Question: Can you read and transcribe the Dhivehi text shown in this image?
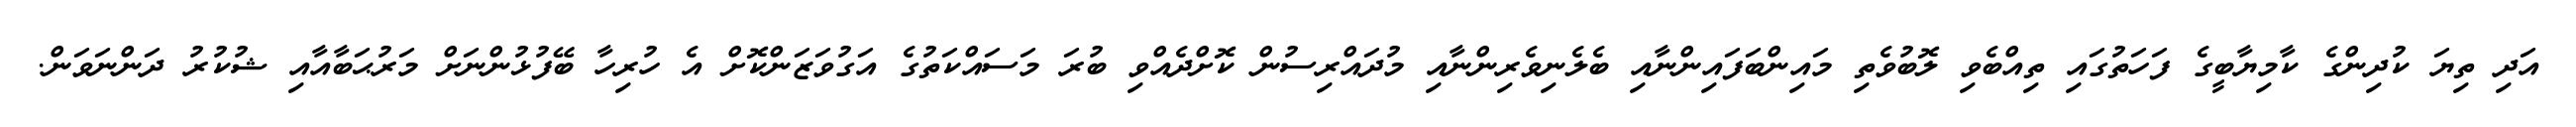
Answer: އަދި ތިޔަ ކުދިންގެ ކާމިޔާބީގެ ފަހަތުގައި ތިއްބެވި ލޮބުވެތި މައިންބަފައިންނާއި ބެލެނިވެރިންނާއި މުދައްރިސުން ކޮށްދެއްވި ބުރަ މަސައްކަތުގެ އަގުވަޒަންކޮށް އެ ހުރިހާ ބޭފުޅުންނަށް މަރުޙަބާއާއި ޝުކުރު ދަންނަވަން.